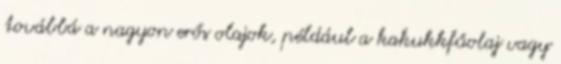
továbbá a nagyon erős olajok, például a kakukkfűolaj vagy